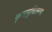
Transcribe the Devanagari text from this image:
कृपामुचितमम्ब